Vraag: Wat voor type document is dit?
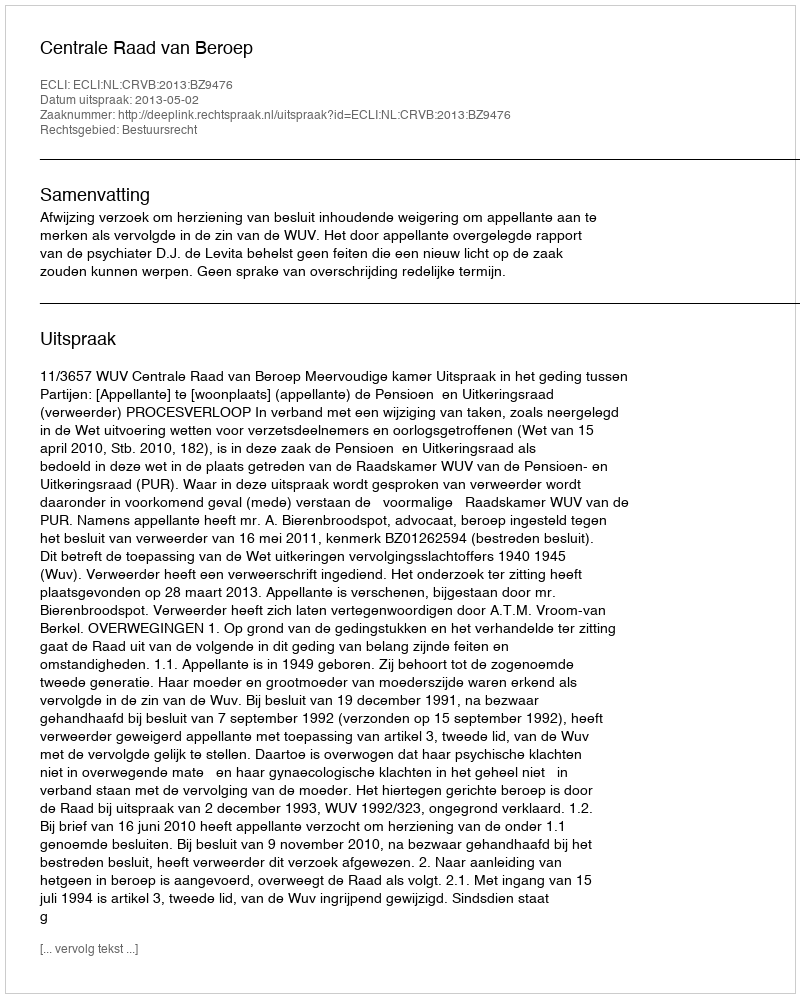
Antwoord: Uitspraak